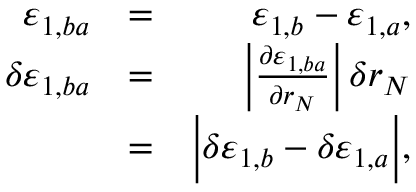
\begin{array} { r l r } { \varepsilon _ { 1 , b a } } & { = } & { \varepsilon _ { 1 , b } - \varepsilon _ { 1 , a } , } \\ { \delta \varepsilon _ { 1 , b a } } & { = } & { \bigg | \frac { \partial \varepsilon _ { 1 , b a } } { \partial r _ { N } } \bigg | \, \delta r _ { N } } \\ & { = } & { \Big | \delta \varepsilon _ { 1 , b } - \delta \varepsilon _ { 1 , a } \Big | , } \end{array}